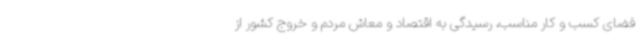
فضای کسب و کار مناسب، رسیدگی به اقتصاد و معاش مردم و خروج کشور از